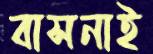
বাসনাই